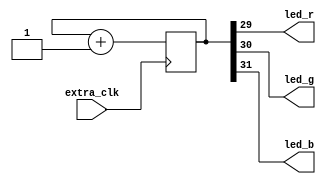
//-----------------------------------------------------------------------------
//
// Module name: RGBBlink
//
// Copyright 2015 Micron Technology, Inc.
//-----------------------------------------------------------------------------
// This modules changes the color of a RGB LED by 
// incrementing a counter and assigning different 
// bits to the different colors.
//-----------------------------------------------------------------------------

`timescale 1ns / 1ps

module RGBBlink # (
    parameter LED_NUM       = 1
) (
    input                   extra_clk,
    output [LED_NUM-1:0 ]   led_r,
    output [LED_NUM-1:0 ]   led_g,
    output [LED_NUM-1:0 ]   led_b
);

genvar i;
reg [31:0] cnt;
always @(posedge extra_clk) cnt <= cnt + 1'b1;

generate
    for (i=0; i< LED_NUM; i=i+1) begin: LED_GEN
        assign led_r[i] = cnt[29];
        assign led_g[i] = cnt[30];
        assign led_b[i] = cnt[31];
    end
endgenerate

endmodule